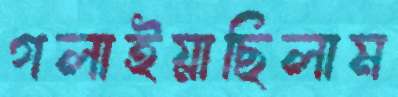
গলাইয়াছিলাম